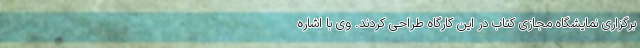
برگزاری نمایشگاه مجازی کتاب در این کارگاه طراحی کردند. وی با اشاره